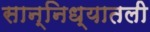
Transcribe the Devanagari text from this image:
सान्निध्यातली